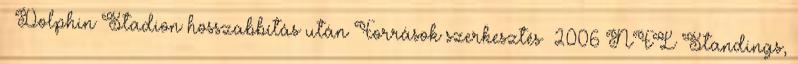
– Dolphin Stadion hosszabbítás után Források szerkesztés 2006 NFL Standings,